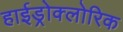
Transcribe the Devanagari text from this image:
हाईड्रोक्लोरिक